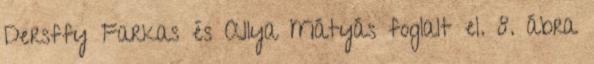
Dersffy Farkas és Allya Mátyás foglalt el. 8. ábra